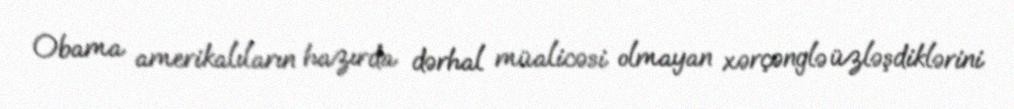
Obama amerikalıların hazırda dərhal müalicəsi olmayan xərçənglə üzləşdiklərini